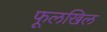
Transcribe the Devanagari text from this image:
फूलखिल